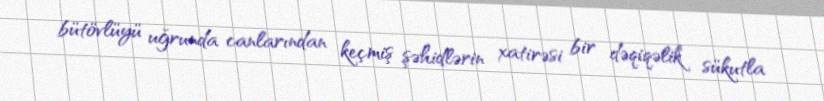
bütövlüyü uğrunda canlarından keçmiş şəhidlərin xatirəsi bir dəqiqəlik sükutla